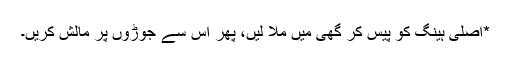
*اصلی ہینگ کو پیس کر گھی میں ملا لیں، پھر اس سے جوڑوں پر مالش کریں۔